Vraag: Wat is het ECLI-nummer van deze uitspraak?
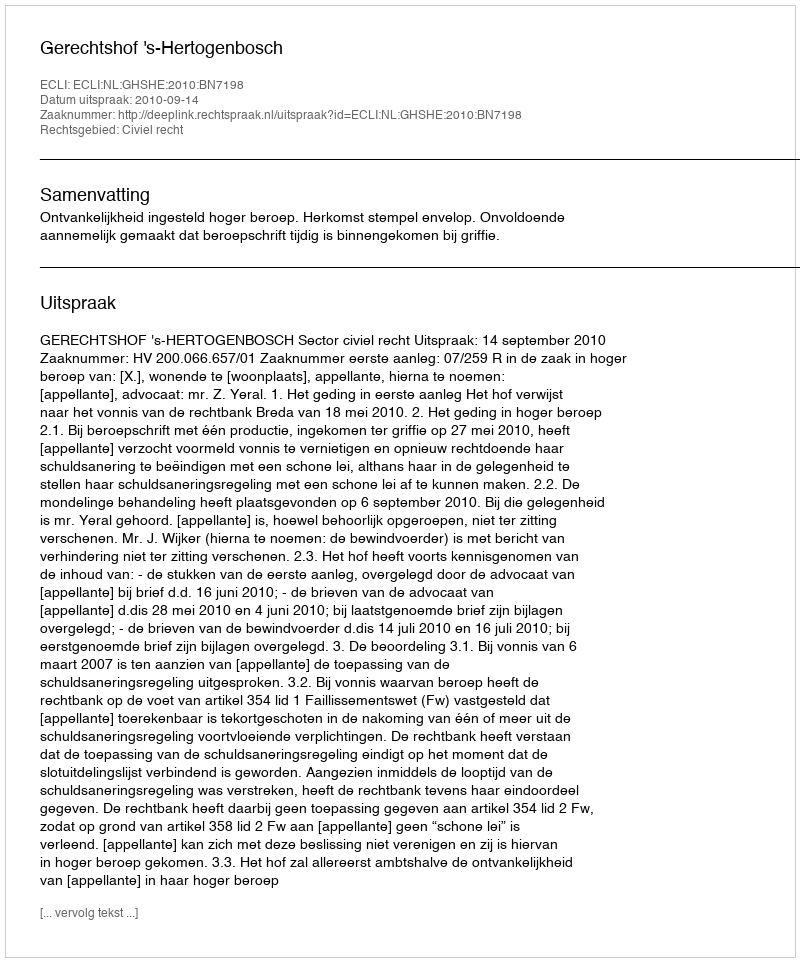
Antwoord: ECLI:NL:GHSHE:2010:BN7198